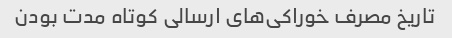
تاریخ مصرف خوراکی‌های ارسالی کوتاه مدت بودن